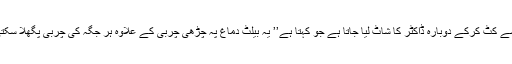
یہاں سے کٹ کرکے دوبارہ ڈاکٹر کا شاٹ لیا جاتا ہے جو کہتا ہے’’ یہ بیلٹ دماغ پہ چڑھی چربی کے علاوہ ہر جگہ کی چربی پگھلا سکتی ہے۔